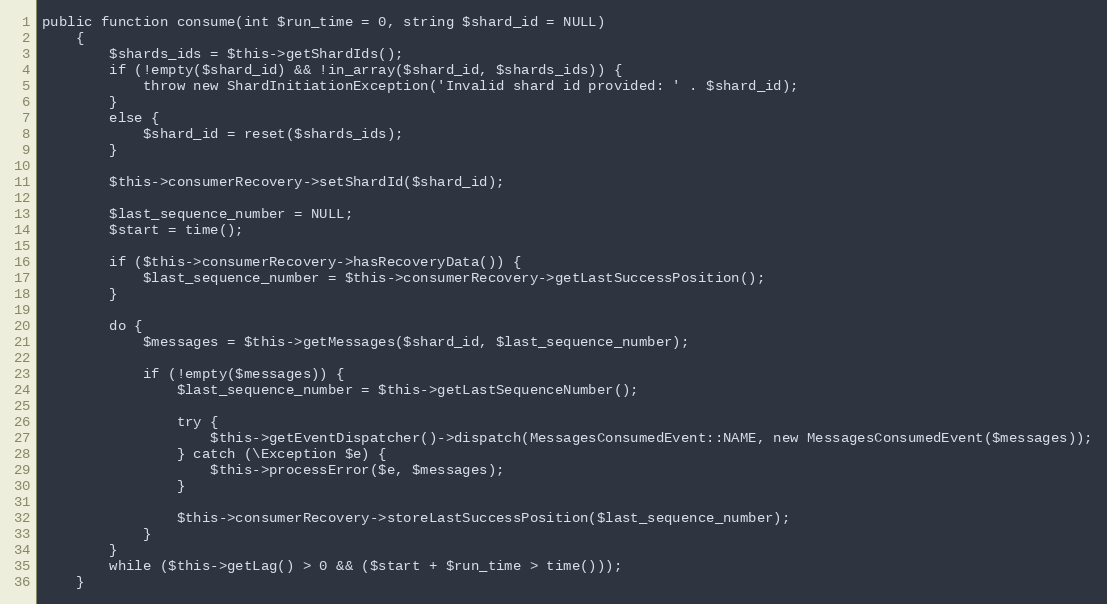
Language: PHP
public function consume(int $run_time = 0, string $shard_id = NULL)
    {
        $shards_ids = $this->getShardIds();
        if (!empty($shard_id) && !in_array($shard_id, $shards_ids)) {
            throw new ShardInitiationException('Invalid shard id provided: ' . $shard_id);
        }
        else {
            $shard_id = reset($shards_ids);
        }

        $this->consumerRecovery->setShardId($shard_id);

        $last_sequence_number = NULL;
        $start = time();

        if ($this->consumerRecovery->hasRecoveryData()) {
            $last_sequence_number = $this->consumerRecovery->getLastSuccessPosition();
        }

        do {
            $messages = $this->getMessages($shard_id, $last_sequence_number);

            if (!empty($messages)) {
                $last_sequence_number = $this->getLastSequenceNumber();

                try {
                    $this->getEventDispatcher()->dispatch(MessagesConsumedEvent::NAME, new MessagesConsumedEvent($messages));
                } catch (\Exception $e) {
                    $this->processError($e, $messages);
                }

                $this->consumerRecovery->storeLastSuccessPosition($last_sequence_number);
            }
        }
        while ($this->getLag() > 0 && ($start + $run_time > time()));
    }